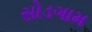
સોડગામ